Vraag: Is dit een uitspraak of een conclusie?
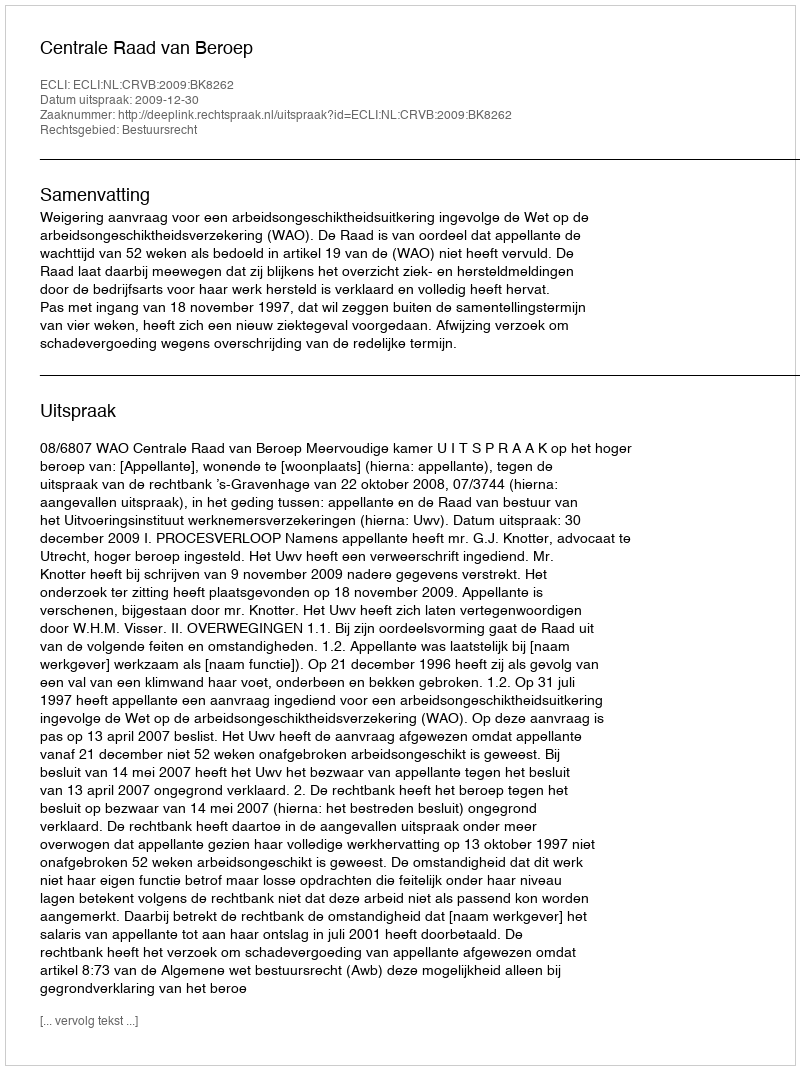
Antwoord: Uitspraak